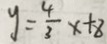
y = \frac { 4 } { 3 } x + 8